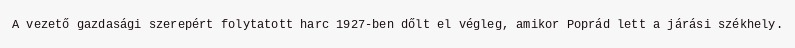
A vezető gazdasági szerepért folytatott harc 1927-ben dőlt el végleg, amikor Poprád lett a járási székhely.